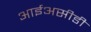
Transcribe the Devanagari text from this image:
आईअसीडी